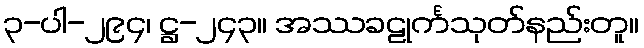
၃-ပါ-၂၉၄၊ ဋ္ဌ-၂၄၃။ အဿခဠုင်္ကသုတ်နည်းတူ။